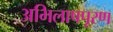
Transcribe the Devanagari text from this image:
अभिलाषपूरण